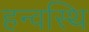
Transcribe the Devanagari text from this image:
हन्वस्थि